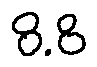
8 . 8